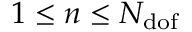
1 \leq n \leq N _ { \mathrm { d o f } }